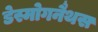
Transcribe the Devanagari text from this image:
डेस्मोगनैथस